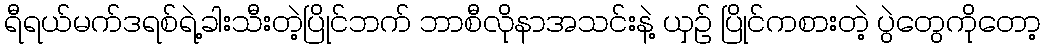
ရီရယ်မက်ဒရစ်ရဲ့ခါးသီးတဲ့ပြိုင်ဘက် ဘာစီလိုနာအသင်းနဲ့ ယှဉ် ပြိုင်ကစားတဲ့ ပွဲတွေကိုတော့